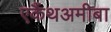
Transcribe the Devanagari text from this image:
एकैंथअमीबा